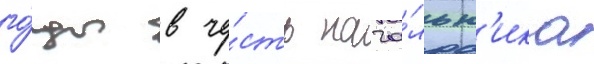
го́ды в че́сть нача́льн'ика